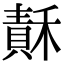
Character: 𥡯